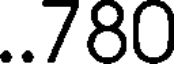
..780